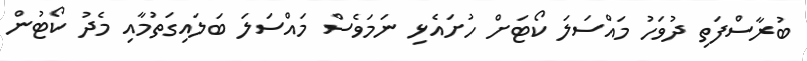
ބުރާސްފަތި ދުވަހު މައްސަލަ ކޯޓަށް ހުށައެޅި ނަމަވެސް މައްސަލަ ބަލައިގަތުމާއި މެދު ކޯޓުން